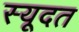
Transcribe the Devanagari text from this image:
स्यूदत